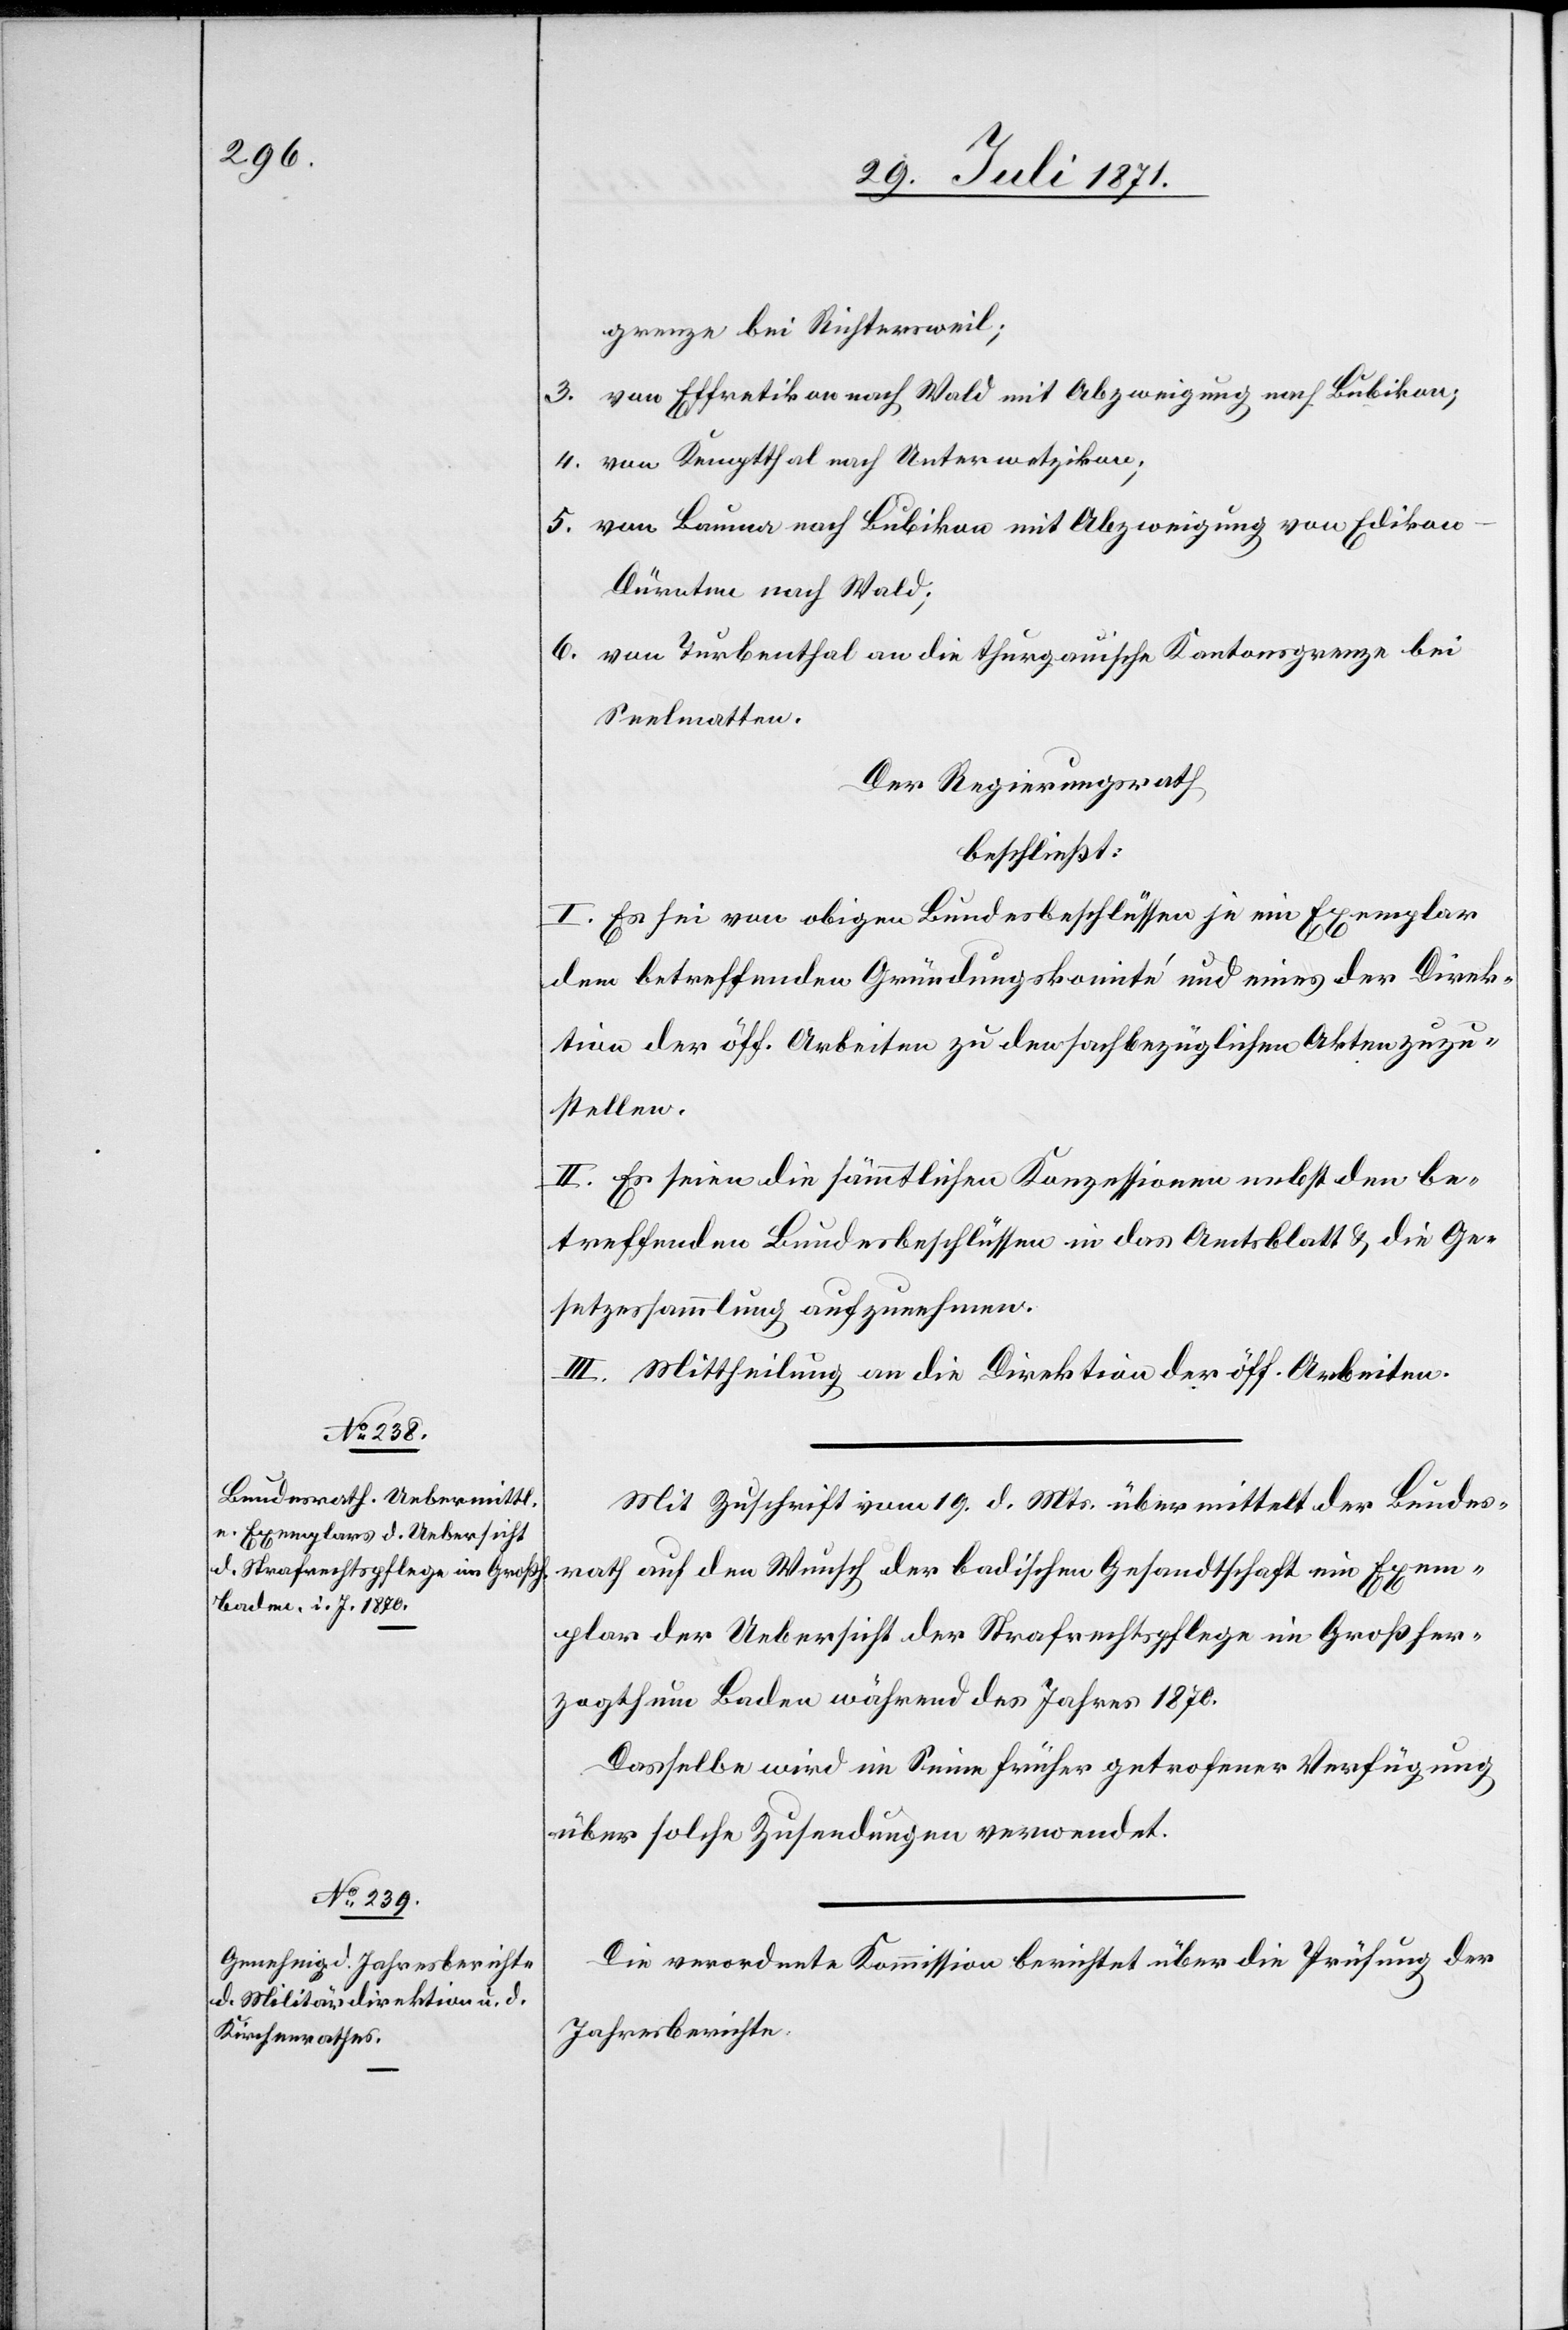
grenze bei Richtersweil;
3. von Effretikon nach Wald mit Abzweigung nach Bubikon;
4. von Bauma nach Bubikon mit Abzweigung von Ediko¬
n-Dürnten nach Wald;
6. von Turbenthal an die thurgauische Kantonsgrenze bei
Seelmatten.
Der Regierungsrath
beschließt:
I. Es sei von obigen Bundesbeschlüssen je ein Exemplar
dem betreffenden Gründungskomité und eines der Direk¬
tion der öff. Arbeiten zu den sachbezüglichen Akten zuzu¬
stellen.
II. Es seien die sämmtlichen Konzessionen nebst den be¬
treffenden Bundesbeschlüssen in das Amtsblatt u. die Ge¬
setzessammlung aufzunehmen.
III. Mittheilung an die Direktion der öff. Arbeiten.
Mit Zuschrift vom 19. d. Mts. übermittelt der Bundes¬
rath auf Wunsch der badischen Gesandtschaft ein Exem¬
plar der Uebersicht der Strafrechtspflege in Großher¬
zogthum Baden während des Jahres 1870.
Dasselbe wird im Sinne früher getrof[f]ener Verfügung
über solche Zusendungen verwendet.
Die verordnete Kommission berichtet über die Prüfung der
Jahresberichte.